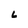
Character: L